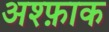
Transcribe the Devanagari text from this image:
अश्फ़ाक